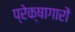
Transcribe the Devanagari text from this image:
प्रेक्षागारों